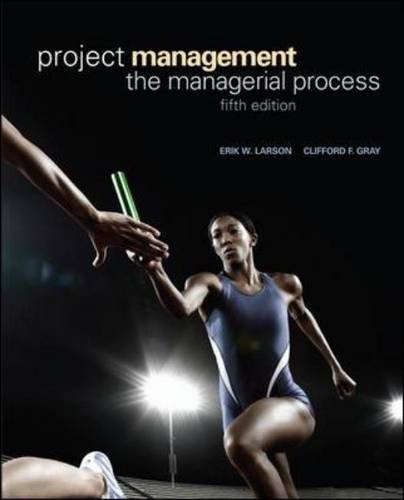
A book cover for Project Management: The Managerial Process; Erik W. Larson; Business & Money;